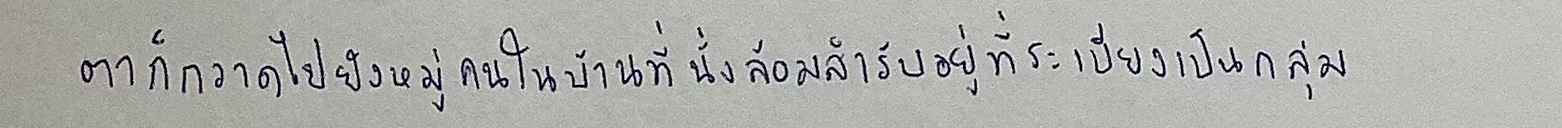
ตาก็กวาดไปยังหมู่คนในบ้านที่นั่งล้อมสำรับอยู่ที่ระเบียงเป็นกลุ่ม